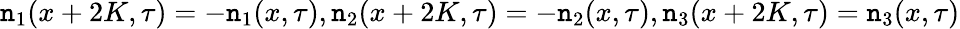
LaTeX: \mathtt{n}_{1}(x+2K,\tau)=-\mathtt{n}_{1}(x,\tau),\mathtt{n}_{2}(x+2K,\tau)=-\mathtt{n}_{2}(x,\tau),\mathtt{n}_{3}(x+2K,\tau)=\mathtt{n}_{3}(x,\tau)